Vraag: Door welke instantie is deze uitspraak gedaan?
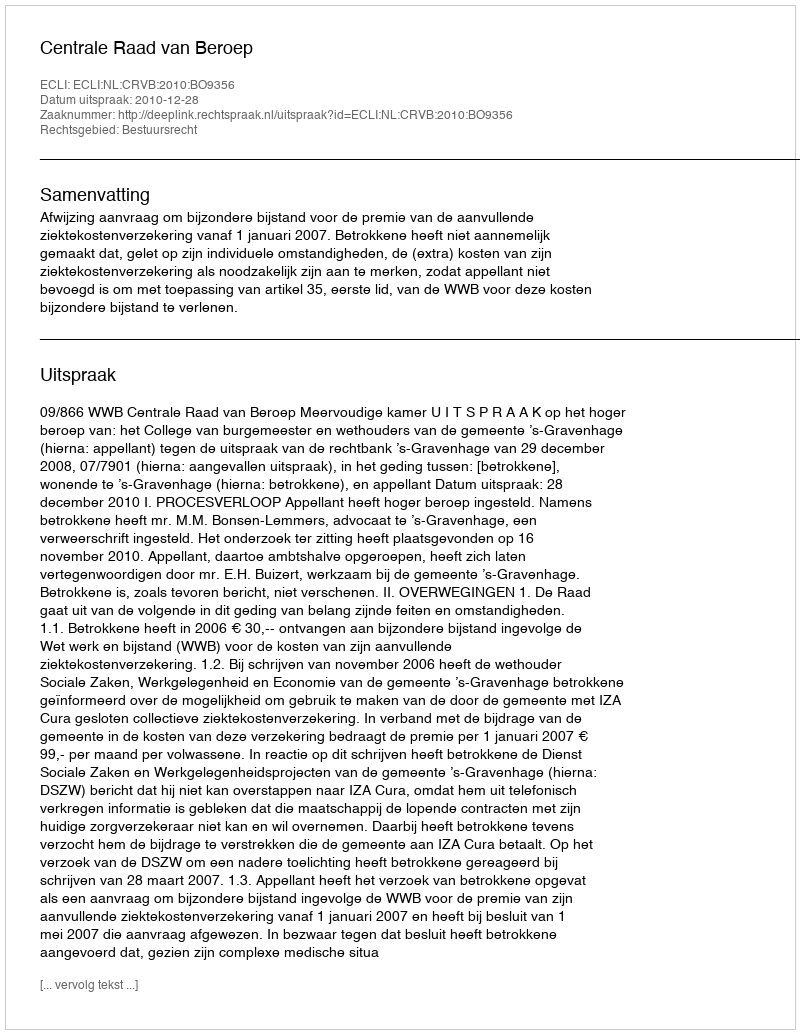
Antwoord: Centrale Raad van Beroep